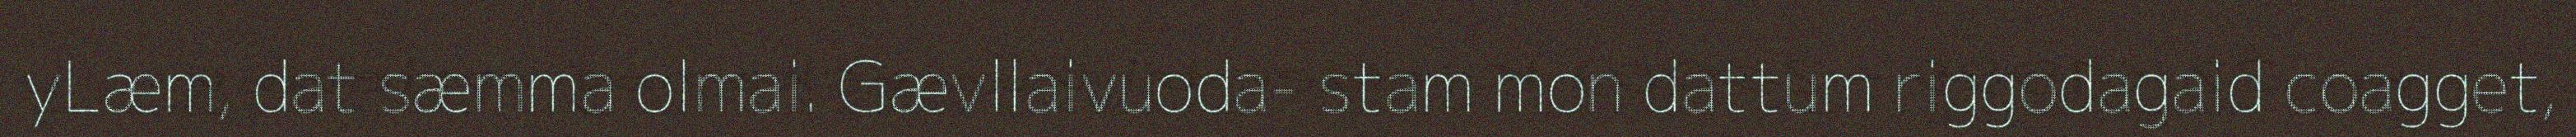
yLæm, dat sæmma olmai. Gævllaivuoda- stam mon dattum riggodagaid coagget,